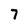
Character: 7